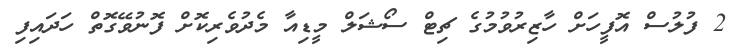
2 ފުލުސް އޮފީހަށް ހާޒިރުވުމުގެ ޗިޓް ސޯޝަލް މީޑިއާ މެދުވެރިކޮށް ފޮނުވޭގޮތް ހަދައިފި